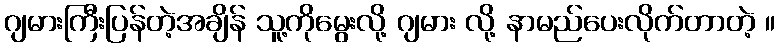
ဂျမားကြီးပြန်တဲ့အချိန် သူ့ကိုမွေးလို့ ဂျမား လို့ နာမည်ပေးလိုက်တာတဲ့ ။